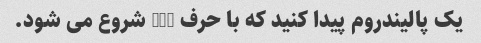
یک پالیندروم پیدا کنید که با حرف "H" شروع می شود.